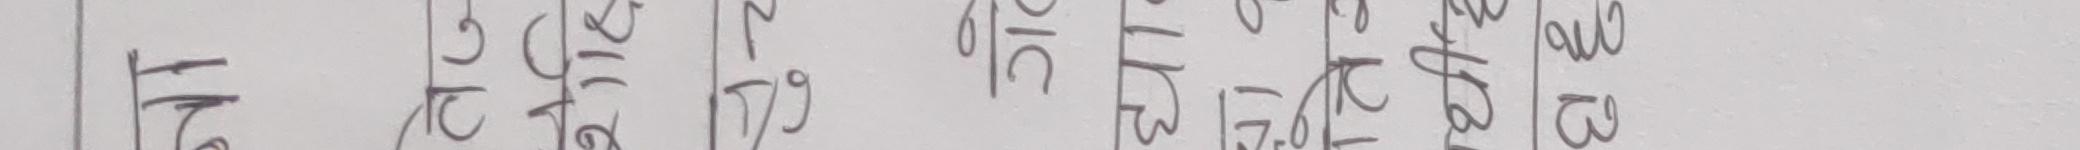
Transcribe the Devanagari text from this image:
१ १ २ ० ३ २ ३ ३ ३
२ २ १ १ २ ४ ५ ७ ४
८ ८ ७ ९ ८ ८ २ ३ ७